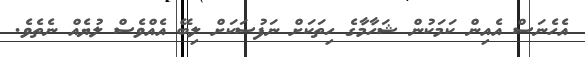
އެހެނަސް އެއިން ކަމަކުން ޝަހާމާގެ ހިތަކަށް ނަފުސަކަށް ލިބޭ އެއްވެސް ލުޔެއް ނެތެވެ.